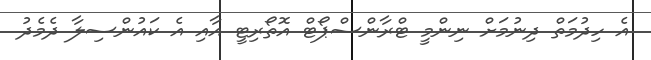
އެ ހިދުމަތް ދިނުމަށް ނިންމީ ޓްރާންސްޕޯޓް އޮތޯރިޓީ އާއި އެ ކައުންސިލާ ދެމެދު